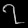
Digit: ၇